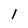
Character: l